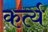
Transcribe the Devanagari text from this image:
कर्त्य